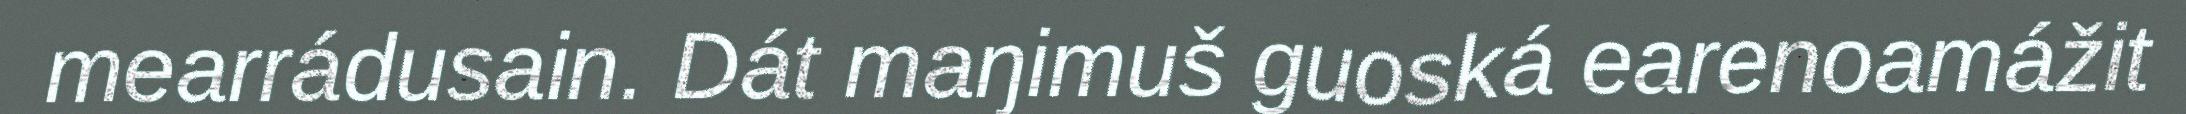
mearrádusain. Dát maŋimuš guoská earenoamážit